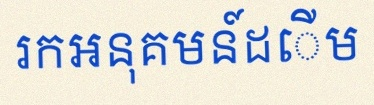
រកអនុគមន៍ដើម